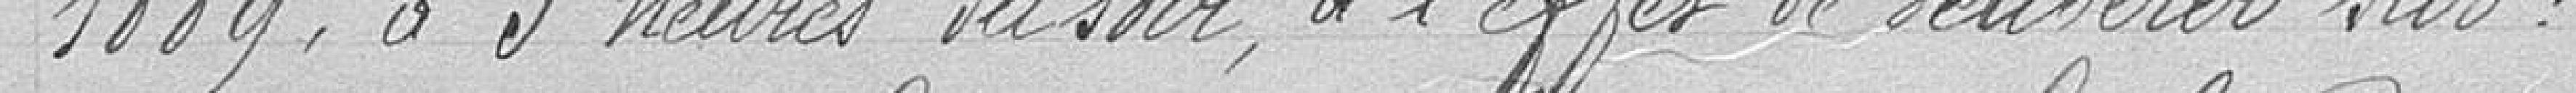
1889, à 5 heures du soir, à l'effet de délibération sur :